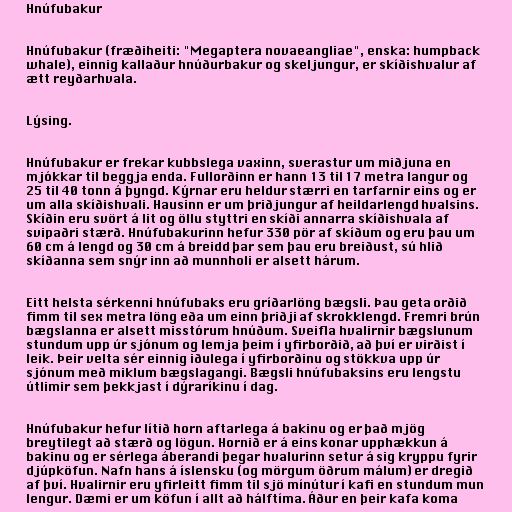
Hnúfubakur

Hnúfubakur (fræðiheiti: "Megaptera novaeangliae", enska: humpback
whale), einnig kallaður hnúðurbakur og skeljungur, er skíðishvalur af
ætt reyðarhvala.

Lýsing.

Hnúfubakur er frekar kubbslega vaxinn, sverastur um miðjuna en
mjókkar til beggja enda. Fullorðinn er hann 13 til 17 metra langur og
25 til 40 tonn á þyngd. Kýrnar eru heldur stærri en tarfarnir eins og er
um alla skíðishvali. Hausinn er um þriðjungur af heildarlengd hvalsins.
Skíðin eru svört á lit og öllu styttri en skíði annarra skíðishvala af
svipaðri stærð. Hnúfubakurinn hefur 330 pör af skíðum og eru þau um
60 cm á lengd og 30 cm á breidd þar sem þau eru breiðust, sú hlið
skíðanna sem snýr inn að munnholi er alsett hárum.

Eitt helsta sérkenni hnúfubaks eru gríðarlöng bægsli. Þau geta orðið
fimm til sex metra löng eða um einn þriðji af skrokklengd. Fremri brún
bægslanna er alsett misstórum hnúðum. Sveifla hvalirnir bægslunum
stundum upp úr sjónum og lemja þeim í yfirborðið, að því er virðist í
leik. Þeir velta sér einnig iðulega í yfirborðinu og stökkva upp úr
sjónum með miklum bægslagangi. Bægsli hnúfubaksins eru lengstu
útlimir sem þekkjast í dýraríkinu í dag.

Hnúfubakur hefur lítið horn aftarlega á bakinu og er það mjög
breytilegt að stærð og lögun. Hornið er á eins konar upphækkun á
bakinu og er sérlega áberandi þegar hvalurinn setur á sig kryppu fyrir
djúpköfun. Nafn hans á íslensku (og mörgum öðrum málum) er dregið
af því. Hvalirnir eru yfirleitt fimm til sjö mínútur í kafi en stundum mun
lengur. Dæmi er um köfun í allt að hálftíma. Áður en þeir kafa koma